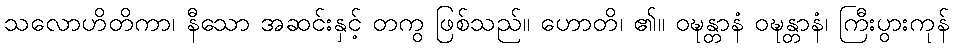
သလောဟိတိကာ၊ နီသော အဆင်းနှင့် တကွ ဖြစ်သည်။ ဟောတိ၊ ၏။ ဝဍ္ဎန္တာနံ ဝဍ္ဎန္တာနံ၊ ကြီးပွားကုန်